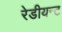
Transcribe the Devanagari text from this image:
रेडीयन्ट